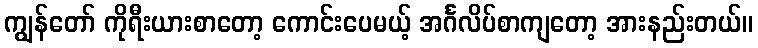
ကျွန်တော် ကိုရီးယားစာတော့ ကောင်းပေမယ့် အင်္ဂလိပ်စာကျတော့ အားနည်းတယ်။